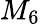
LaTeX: M_{6}